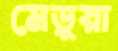
মেড়ুয়া